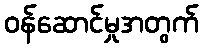
ဝန်ဆောင်မှုအတွက်